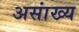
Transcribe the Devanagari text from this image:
असांख्य